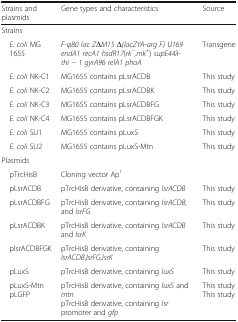
<table><thead><tr><td><b>Strains and plasmids</b></td><td><b>Gene types and characteristics</b></td><td><b>Source</b></td></tr></thead><tbody><tr><td colspan="3">Strains</td></tr><tr><td> <i>E. coli</i> MG 1655</td><td><i>F-φ80 lac ZΔM15 Δ(lacZYA-arg F) U169 endA1 recA1 hsdR17</i>(<i>rk</i><sup><i>−</i></sup><i>,mk</i><sup><i>+</i></sup>) <i>supE44λ- thi − 1 gyrA96 relA1 phoA</i></td><td>Transgene</td></tr><tr><td> <i>E. coli</i> NK-C1</td><td>MG1655 contains pLsrACDB</td><td>This study</td></tr><tr><td> <i>E. coli</i> NK-C2</td><td>MG1655 contains pLsrACDBK</td><td>This study</td></tr><tr><td> <i>E. coli</i> NK-C3</td><td>MG1655 contains pLsrACDBFG</td><td>This study</td></tr><tr><td> <i>E. coli</i> NK-C4</td><td>MG1655 contains pLsrACDBFGK</td><td>This study</td></tr><tr><td> <i>E. coli</i> SU1</td><td>MG1655 contains pLuxS</td><td>This study</td></tr><tr><td> <i>E. coli</i> SU2</td><td>MG1655 contains pLuxS-Mtn</td><td>This study</td></tr><tr><td colspan="3">Plasmids</td></tr><tr><td> pTrcHisB</td><td>Cloning vector Ap<sup>r</sup></td><td></td></tr><tr><td> pLsrACDB</td><td>pTrcHisB derivative, containing <i>lsrACDB</i></td><td>This study</td></tr><tr><td> pLsrACDBFG</td><td>pTrcHisB derivative, containing <i>lsrACDB</i>, and <i>lsrFG</i></td><td>This study</td></tr><tr><td> pLsrACDBK</td><td>pTrcHisB derivative, containing <i>lsrACDB</i> and <i>lsrK</i></td><td>This study</td></tr><tr><td> plsrACDBFGK</td><td>pTrcHisB derivative, containing <i>lsrACDB</i>,<i>lsrFG,lsrK</i></td><td>This study</td></tr><tr><td> pLuxS</td><td>pTrcHisB derivative, containing <i>luxS</i></td><td>This study</td></tr><tr><td> pLuxS-Mtn pLGFP</td><td>pTrcHisB derivative, containing <i>luxS</i> and <i>mtn</i>pTrcHisB derivative, containing <i>lsr</i> promoter and <i>gfp</i></td><td>This studyThis study</td></tr></tbody></table>